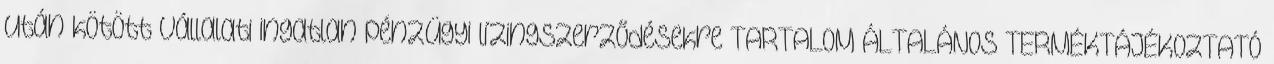
után kötött vállalati ingatlan pénzügyi lízingszerződésekre TARTALOM ÁLTALÁNOS TERMÉKTÁJÉKOZTATÓ